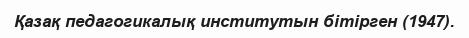
Қазақ педагогикалық институтын бітірген (1947).